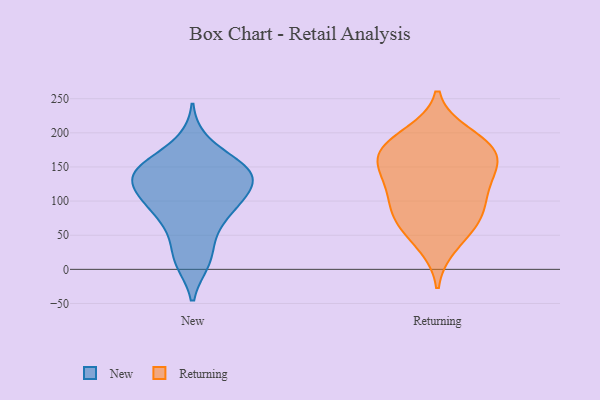
{"axis": {"x": "Inventory Turnover", "y": "Value"}, "legend": ["New", "Returning"], "data": [{"x": "", "y": 146, "type": "New"}, {"x": "", "y": 123, "type": "New"}, {"x": "", "y": 83, "type": "New"}, {"x": "", "y": 129, "type": "New"}, {"x": "", "y": 41, "type": "New"}, {"x": "", "y": 118, "type": "New"}, {"x": "", "y": 160, "type": "New"}, {"x": "", "y": 143, "type": "New"}, {"x": "", "y": 187, "type": "New"}, {"x": "", "y": 94, "type": "New"}, {"x": "", "y": 97, "type": "New"}, {"x": "", "y": 96, "type": "New"}, {"x": "", "y": 61, "type": "New"}, {"x": "", "y": 10, "type": "New"}, {"x": "", "y": 148, "type": "New"}, {"x": "", "y": 10, "type": "New"}, {"x": "", "y": 135, "type": "New"}, {"x": "", "y": 146, "type": "New"}, {"x": "", "y": 197, "type": "Returning"}, {"x": "", "y": 143, "type": "Returning"}, {"x": "", "y": 36, "type": "Returning"}, {"x": "", "y": 183, "type": "Returning"}, {"x": "", "y": 120, "type": "Returning"}, {"x": "", "y": 72, "type": "Returning"}, {"x": "", "y": 64, "type": "Returning"}, {"x": "", "y": 84, "type": "Returning"}, {"x": "", "y": 172, "type": "Returning"}, {"x": "", "y": 179, "type": "Returning"}, {"x": "", "y": 123, "type": "Returning"}, {"x": "", "y": 166, "type": "Returning"}, {"x": "", "y": 94, "type": "Returning"}, {"x": "", "y": 153, "type": "Returning"}]}